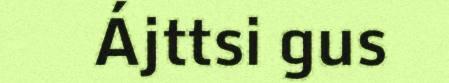
Ájttsi gus